Lunatic asylums United Provinces 1899-1908 - 1899-1908
Year: 1899
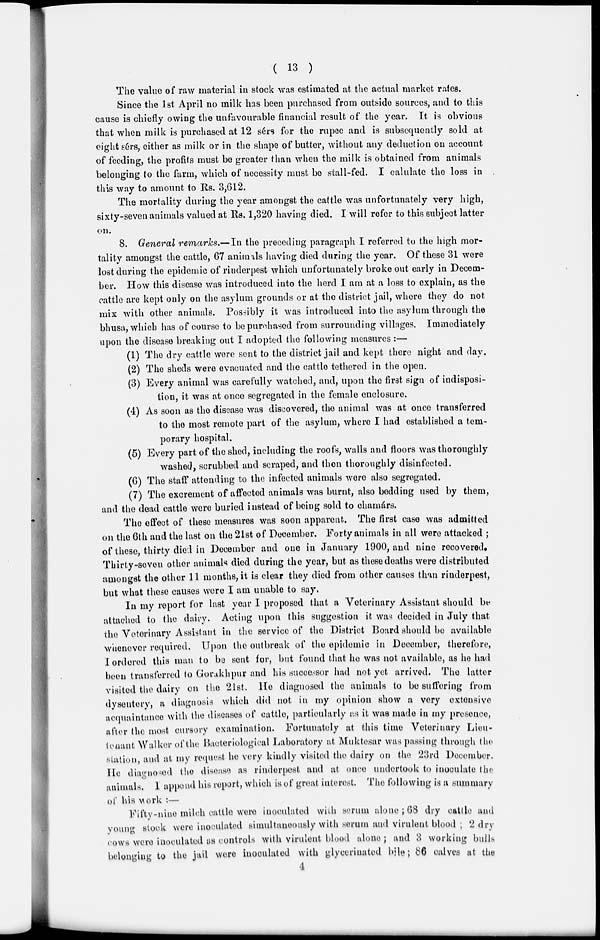
( 13 )
The value of raw material in stock was estimated at the actual market rates.
Since the 1st April no milk has been purchased from outside sources, and to this
cause is chiefly owing the unfavourable financial result of the year. It is obvious
that when milk is purchased at 12 sérs for the rupee and is subsequently sold at
eight sérs, either as milk or in the shape of butter, without any deduction on account
of feeding, the profits must be greater than when the milk is obtained from animals
belonging to the farm, which of necessity must be stall-fed. I calulate the loss in
this way to amount to Rs. 3,612.
The mortality during the year amongst the cattle was unfortunately very high,
sixty-seven animals valued at Rs. 1,320 having died. I will refer to this subject latter
on.
8. General remarks.—In the preceding paragraph I referred to the high mor-
tality amongst the cattle, 67 animals having died during the year. Of these 31 were
lost during the epidemic of rinderpest which unfortunately broke out early in Decem-
ber. How this disease was introduced into the herd I am at a loss to explain, as the
cattle are kept only on the asylum grounds or at the district jail, where they do not
mix with other animals. Possibly it was introduced into the asylum through the
bhusa, which has of course to be purchased from surrounding villages. Immediately
upon the disease breaking out I adopted the following measures:—
(1) The dry cattle were sent to the district jail and kept there night and day.
(2) The sheds were evacuated and the cattle tethered in the open.
(3) Every animal was carefully watched, and, upon the first sign of indisposi-
tion, it was at once segregated in the female enclosure.
(4) As soon as the disease was discovered, the animal was at once transferred
to the most remote part of the asylum, where I had established a tem-
porary hospital.
(5) Every part of the shed, including the roofs, walls and floors was thoroughly
washed, scrubbed and scraped, and then thoroughly disinfected.
(6) The staff attending to the infected animals were also segregated.
(7) The excrement of affected animals was burnt, also bedding used by them,
and the dead cattle were buried instead of being sold to chamárs.
The effect of these measures was soon apparent. The first case was admitted
on the 6th and the last on the 21st of December. Forty animals in all were attacked ;
of these, thirty died in December and one in January 1900, and nine recovered.
Thirty-seven other animals died during the year, but as these deaths were distributed
amongst the other 11 months, it is clear they died from other causes than rinderpest,
but what these causes were I am unable to say.
In my report for last year I proposed that a Veterinary Assistant should be
attached to the dairy. Acting upon this suggestion it was decided in July that
the Veterinary Assistant in the service of the District Board should be available
whenever required. Upon the outbreak of the epidemic in December, therefore,
I ordered this man to bo sent for, but found that he was not available, as he had
been transferred to Gorakhpur and his successor had not yet arrived. The latter
visited the dairy on the 21st. He diagnosed the animals to be suffering from
dysentery, a diagnosis which did not in my opinion show a very extensive
acquaintance with the diseases of cattle, particularly as it was made in my presence,
after the most cursory examination. Fortunately at this time Veterinary Lieu-
tenant Walker of the Bacteriological Laboratory at Muktesar was passing through the
station, and at my request he very kindly visited the dairy on the 23rd December.
He diagnosed the disease as rinderpest and at once undertook to inoculate the
animals. I append his report, which is of great interest. The following is a summary
of his work :—
Fifty-nine milch cattle were inoculated with serum alone; 68 dry cattle and
young stock were inoculated simultaneously with serum and virulent blood ; 2 dry
cows were inoculated as controls with virulent blood alone ; and 3 working bulls
belonging to the jail were inoculated with glycerinated bile; 86 calves at the
4